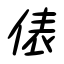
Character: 俵